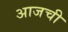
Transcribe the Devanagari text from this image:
अाजची